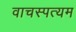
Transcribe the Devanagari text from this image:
वाचस्पत्यम